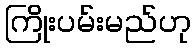
ကြိုးပမ်းမည်ဟု